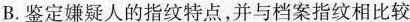
B.鉴定嫌疑人的指纹特点，并与档案指纹相比较